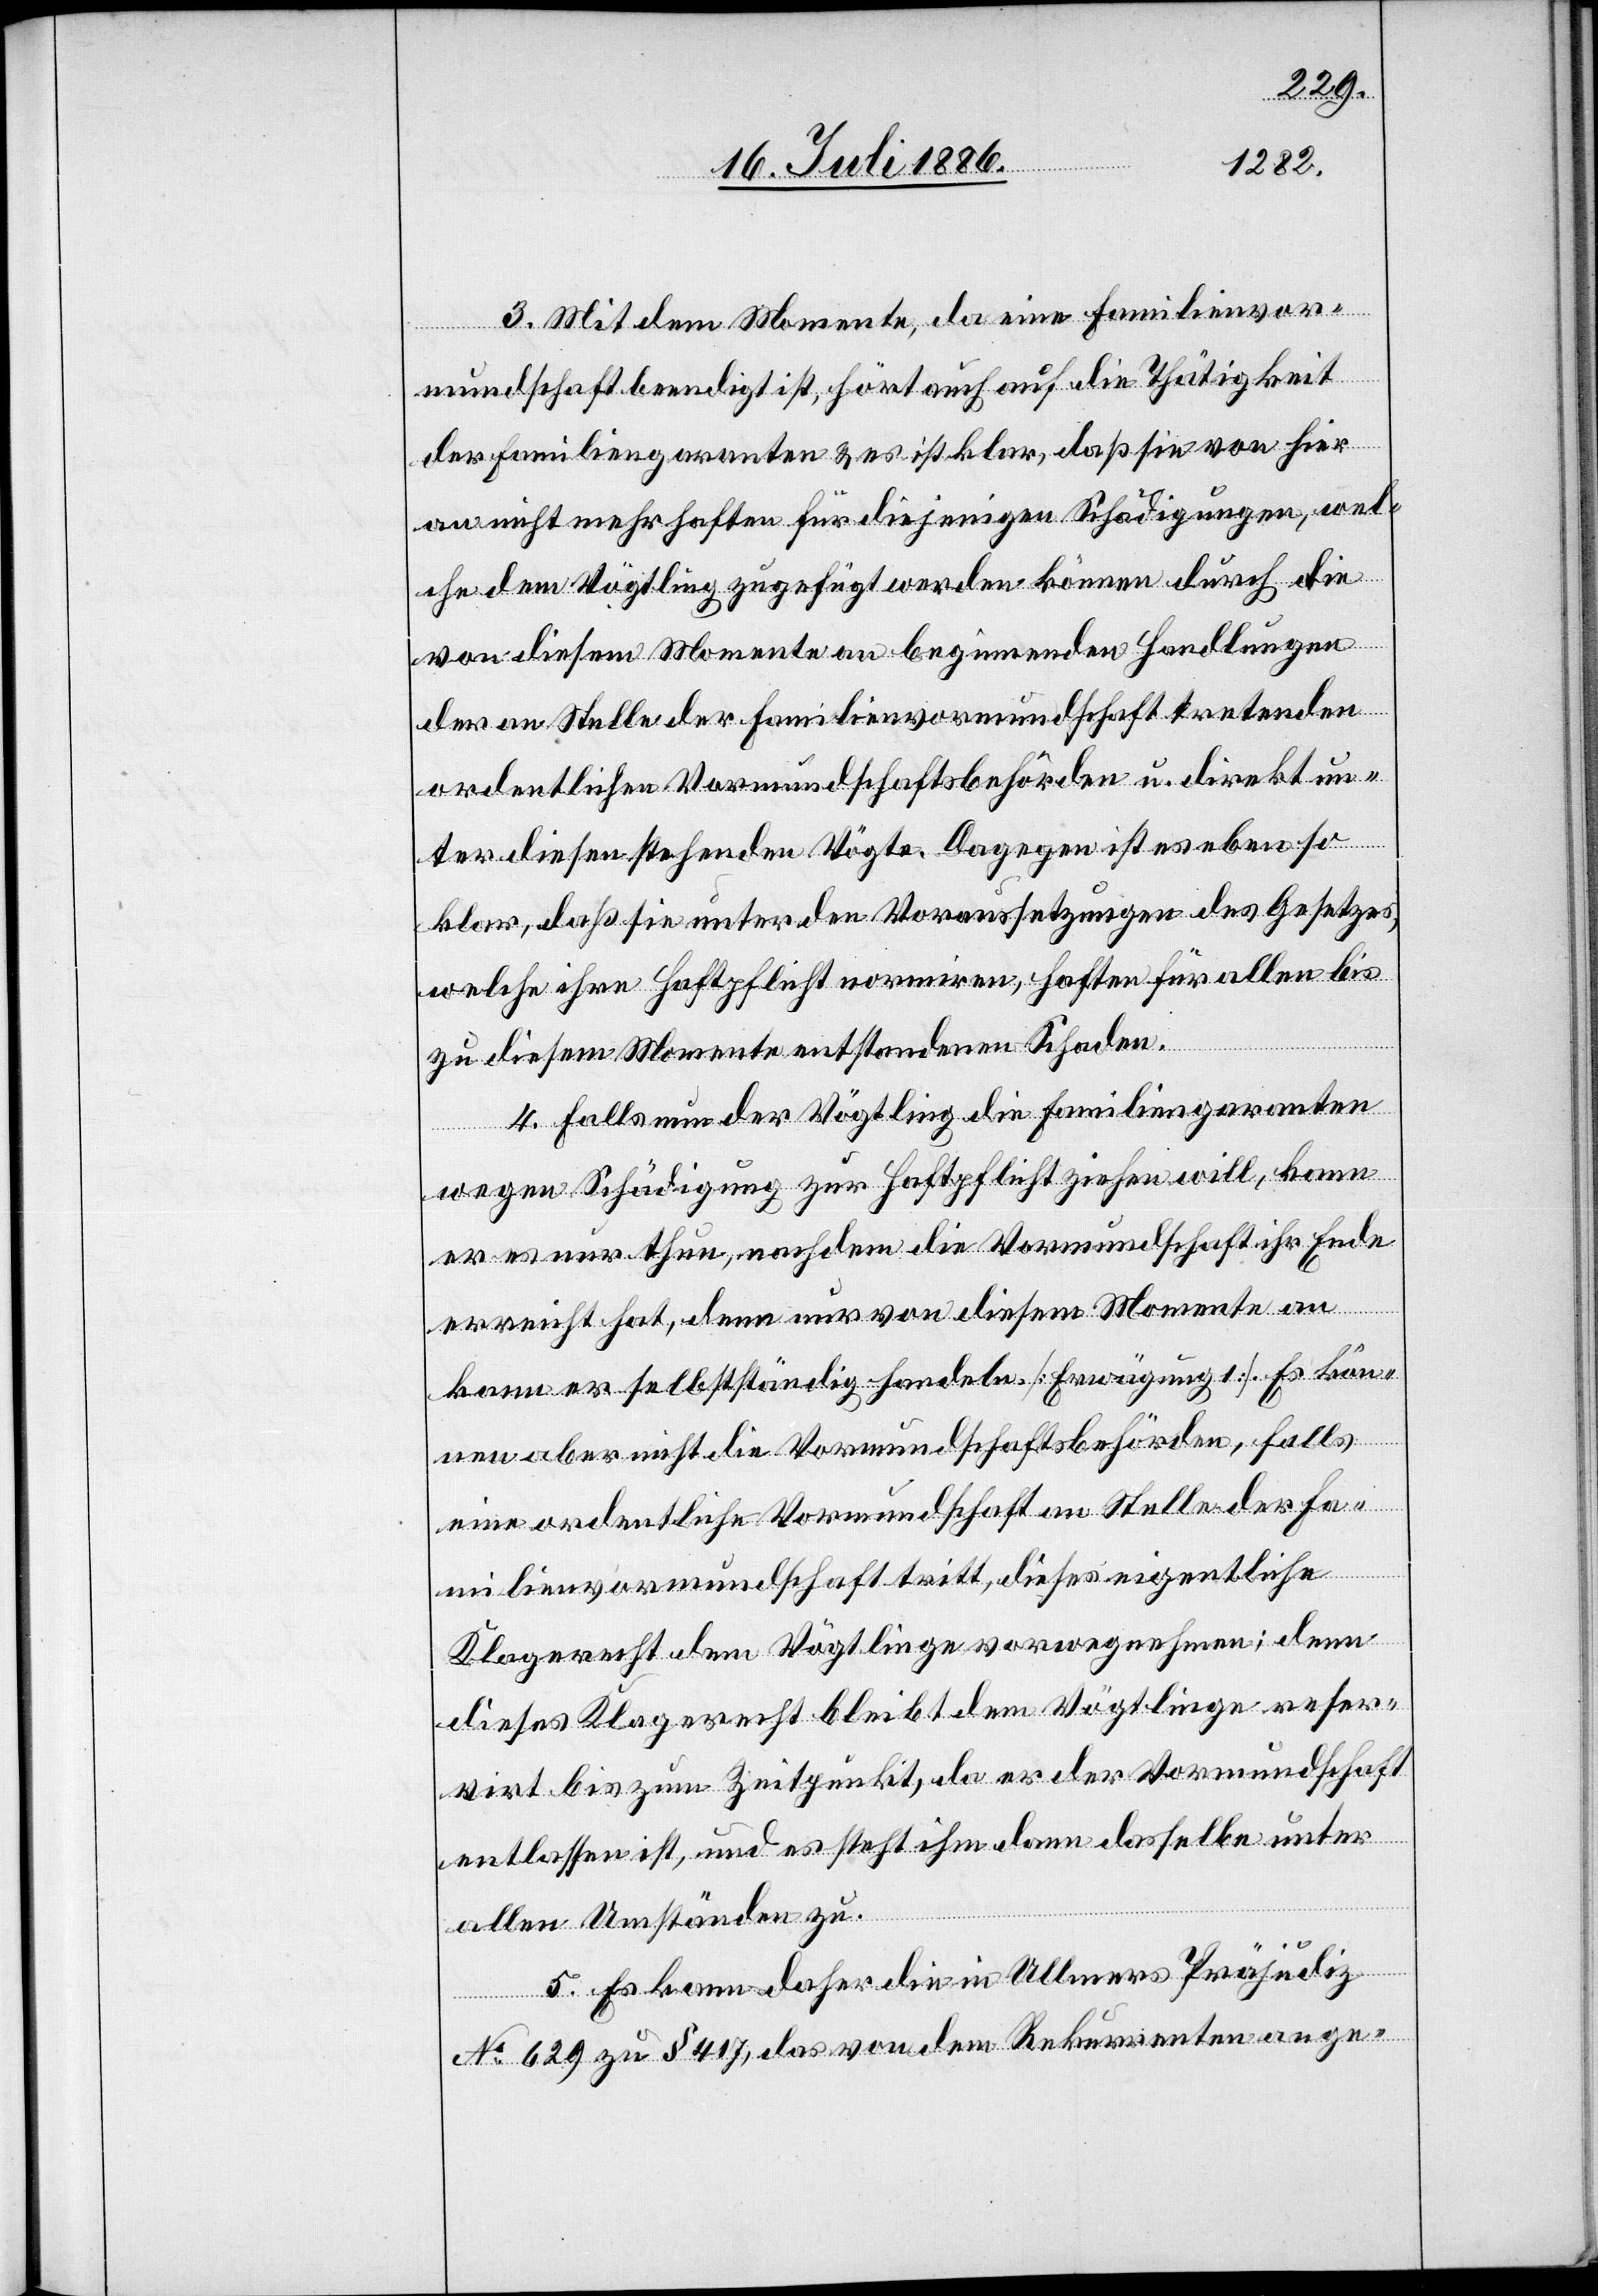
3. Mit dem Momente, da eine Familienvor¬
mundschaft beendigt ist, hört auch auf die Thätigkeit
der Familiengaranten & es ist klar, daß sie von hier
an nicht mehr haften für diejenigen Schädigungen, wel¬
che dem Vögtling zugefügt werden können durch die
von diesem Momente an beginnenden Handlungen
der an Stelle der Familienvormundschaft tretenden
ordentlichen Vormundschaftsbehörden u. direkt un¬
ter diesen stehenden Vögte. Dagegen ist es ebenso
klar, daß sie unter den Voraussetzungen des Gesetzes,
welche ihre Haftpflicht normiren, haften für allen bis
zu diesem Momente entstandenen Schaden.
4. Falls nun der Vögtling die Familiengaranten
wegen Schädigung zur Haftpflicht ziehen will, kann
er es nur thun, nachdem die Vormundschaft ihr Ende
erreicht hat, denn nur von diesem Momente an
kann er selbstständig handeln. [Erwägung 1]. Es kön¬
nen aber nicht die Vormundschaftsbehörden, falls
eine ordentliche Vormundschaft an Stelle der Fa¬
milienvormundschaft tritt, dieses eigentliche
Klagerecht dem Vögtlinge vorwegnehmen; denn
dieses Klagerecht bleibt dem Vögtlinge reser¬
virt bis zum Zeitpunkt, da er der Vormundschaft
entlassen ist, und es steht ihm dann dasselbe unter
allen Umständen zu.
5. Es kann daher die in Ullmers Präjudiz
No 629 zu § 417, das von dem Rekurrenten ange-